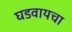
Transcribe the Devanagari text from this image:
घडवायचा